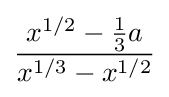
{\frac {x^{1/2}-{\tfrac {1}{3}}a}{x^{1/3}-x^{1/2}}}